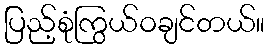
ပြည့်စုံကြွယ်ဝချင်တယ်။